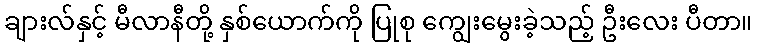
ချားလ်နှင့် မီလာနီတို့ နှစ်ယောက်ကို ပြုစု ကျွေးမွေးခဲ့သည့် ဦးလေး ပီတာ။